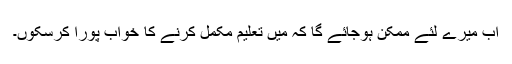
اب میرے لئے ممکن ہوجائے گا کہ میں تعلیم مکمل کرنے کا خواب پورا کرسکوں۔